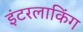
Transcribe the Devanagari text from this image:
इंटरलाकिंग